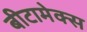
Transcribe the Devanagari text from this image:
बीटामेक्स